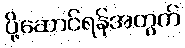
ပို့ဆောင်ရန်အတွက်